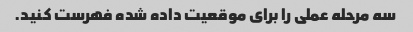
سه مرحله عملی را برای موقعیت داده شده فهرست کنید.